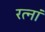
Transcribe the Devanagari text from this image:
रत्‍नां